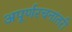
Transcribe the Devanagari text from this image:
अपूर्णरचनांतरी